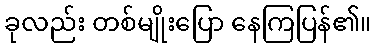
ခုလည်း တစ်မျိုးပြော နေကြပြန်၏။